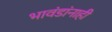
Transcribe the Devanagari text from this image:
भावंडांनाही